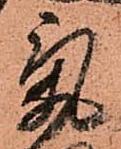
氣